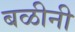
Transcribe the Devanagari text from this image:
बळीनी